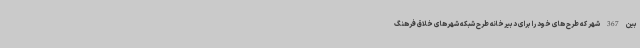
بین 367 شهر که طرح های خود را برای دبیرخانه طرح شبکه شهرهای خلاق فرهنگ